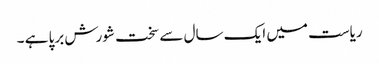
ریاست میں ایک سال سے سخت شورش برپا ہے ۔